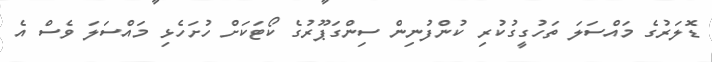
ޑޮލަރުގެ މައްސަލަ ތަހުގީގުކުރި ކުންފުނިން ސިންގަޕޫރުގެ ކޯޓަކަށް ހުށަހެޅި މައްސަލަ ވެސް އެ